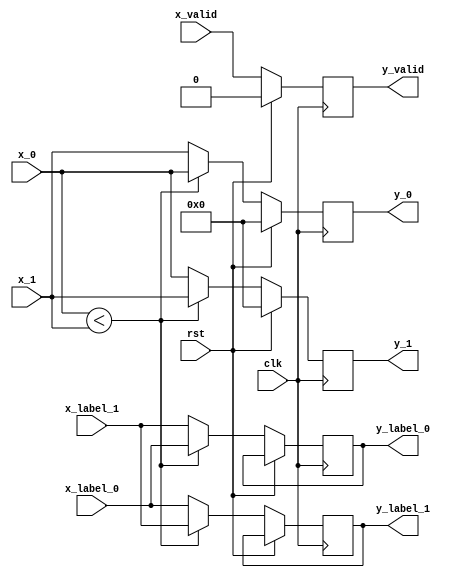
module input_2 #
(
    parameter DATA_WIDTH = 8,
    parameter LABEL_WIDTH = 1,
    parameter SIGNED = 0,
    parameter ASCENDING = 1
)
(
    input clk, rst, x_valid,
    input [DATA_WIDTH-1 : 0] x_0, x_1,
    input [LABEL_WIDTH-1 : 0] x_label_0, x_label_1,
    output reg [DATA_WIDTH-1 : 0] y_0, y_1,
    output reg [LABEL_WIDTH-1 : 0] y_label_0, y_label_1,
    output reg y_valid
);

always @ (posedge clk)
begin
    if (rst == 1'b1) begin
        y_0 <= 0;
        y_1 <= 0;
        y_valid <= 0;
    end else begin
        y_valid <= x_valid;
        if (SIGNED == 0) begin
            if (ASCENDING == 1) begin
                if ($unsigned(x_0) < $unsigned(x_1)) begin
                    y_0 <= x_0;
                    y_label_0 <= x_label_0;
                    y_1 <= x_1;
                    y_label_1 <= x_label_1;
                end else begin
                    y_0 <= x_1;
                    y_label_0 <= x_label_1;
                    y_1 <= x_0;
                    y_label_1 <= x_label_0;
                end
            end else if (ASCENDING == 0) begin
                if ($unsigned(x_0) > $unsigned(x_1)) begin
                    y_0 <= x_0;
                    y_label_0 <= x_label_0;
                    y_1 <= x_1;
                    y_label_1 <= x_label_1;
                end else begin
                    y_0 <= x_1;
                    y_label_0 <= x_label_1;
                    y_1 <= x_0;
                    y_label_1 <= x_label_0;
                end
            end
        end else if (SIGNED == 1) begin
            if (ASCENDING == 1) begin
                if ($signed(x_0) < $signed(x_1)) begin
                    y_0 <= x_0;
                    y_label_0 <= x_label_0;
                    y_1 <= x_1;
                    y_label_1 <= x_label_1;
                end else begin
                    y_0 <= x_1;
                    y_label_0 <= x_label_1;
                    y_1 <= x_0;
                    y_label_1 <= x_label_0;
                end
            end else if (ASCENDING == 0) begin
                if ($signed(x_0) > $signed(x_1)) begin
                    y_0 <= x_0;
                    y_label_0 <= x_label_0;
                    y_1 <= x_1;
                    y_label_1 <= x_label_1;
                end else begin
                    y_0 <= x_1;
                    y_label_0 <= x_label_1;
                    y_1 <= x_0;
                    y_label_1 <= x_label_0;
                end
            end
        end
    end
end

endmodule